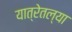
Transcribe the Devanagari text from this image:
यात्रेतल्या